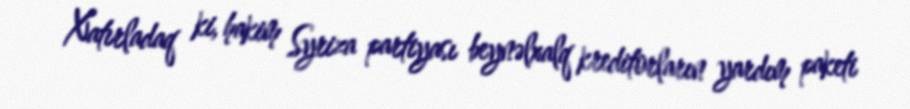
Xatırladaq ki, hakim Syriza partiyası beynəlxalq kreditorların yardım paketi